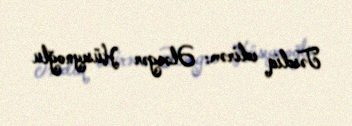
Təsdiq edirəm: Ələsgər Hüseynoğlu